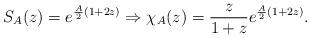
LaTeX: \begin{align*}S_A(z)=e^{\frac{A}{2}(1+2z)} \Rightarrow\chi_A(z)=\frac{z}{1+z}e^{\frac{A}{2}(1+2z)}.\end{align*}